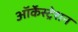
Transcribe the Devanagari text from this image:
ऑर्केस्ट्रेशन